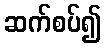
ဆက်စပ်၍